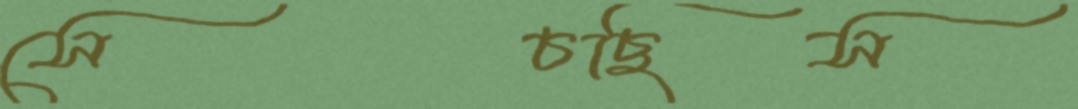
সেচছিস